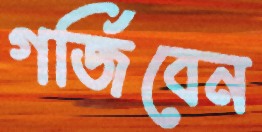
গর্জিবেন